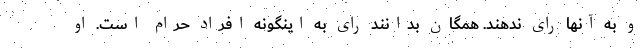
و به آنها رای ندهند. همگان بدانند رای به اینگونه افراد حرام است. او